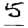
Digit: 5